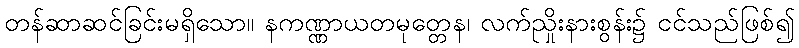
တန်ဆာဆင်ခြင်းမရှိသော။ နကဏ္ဏာယတမုတ္တေန၊ လက်ညှိုးနားစွန်း၌ ငင်သည်ဖြစ်၍